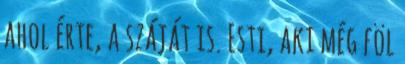
ahol érte, a száját is. Esti, aki még föl